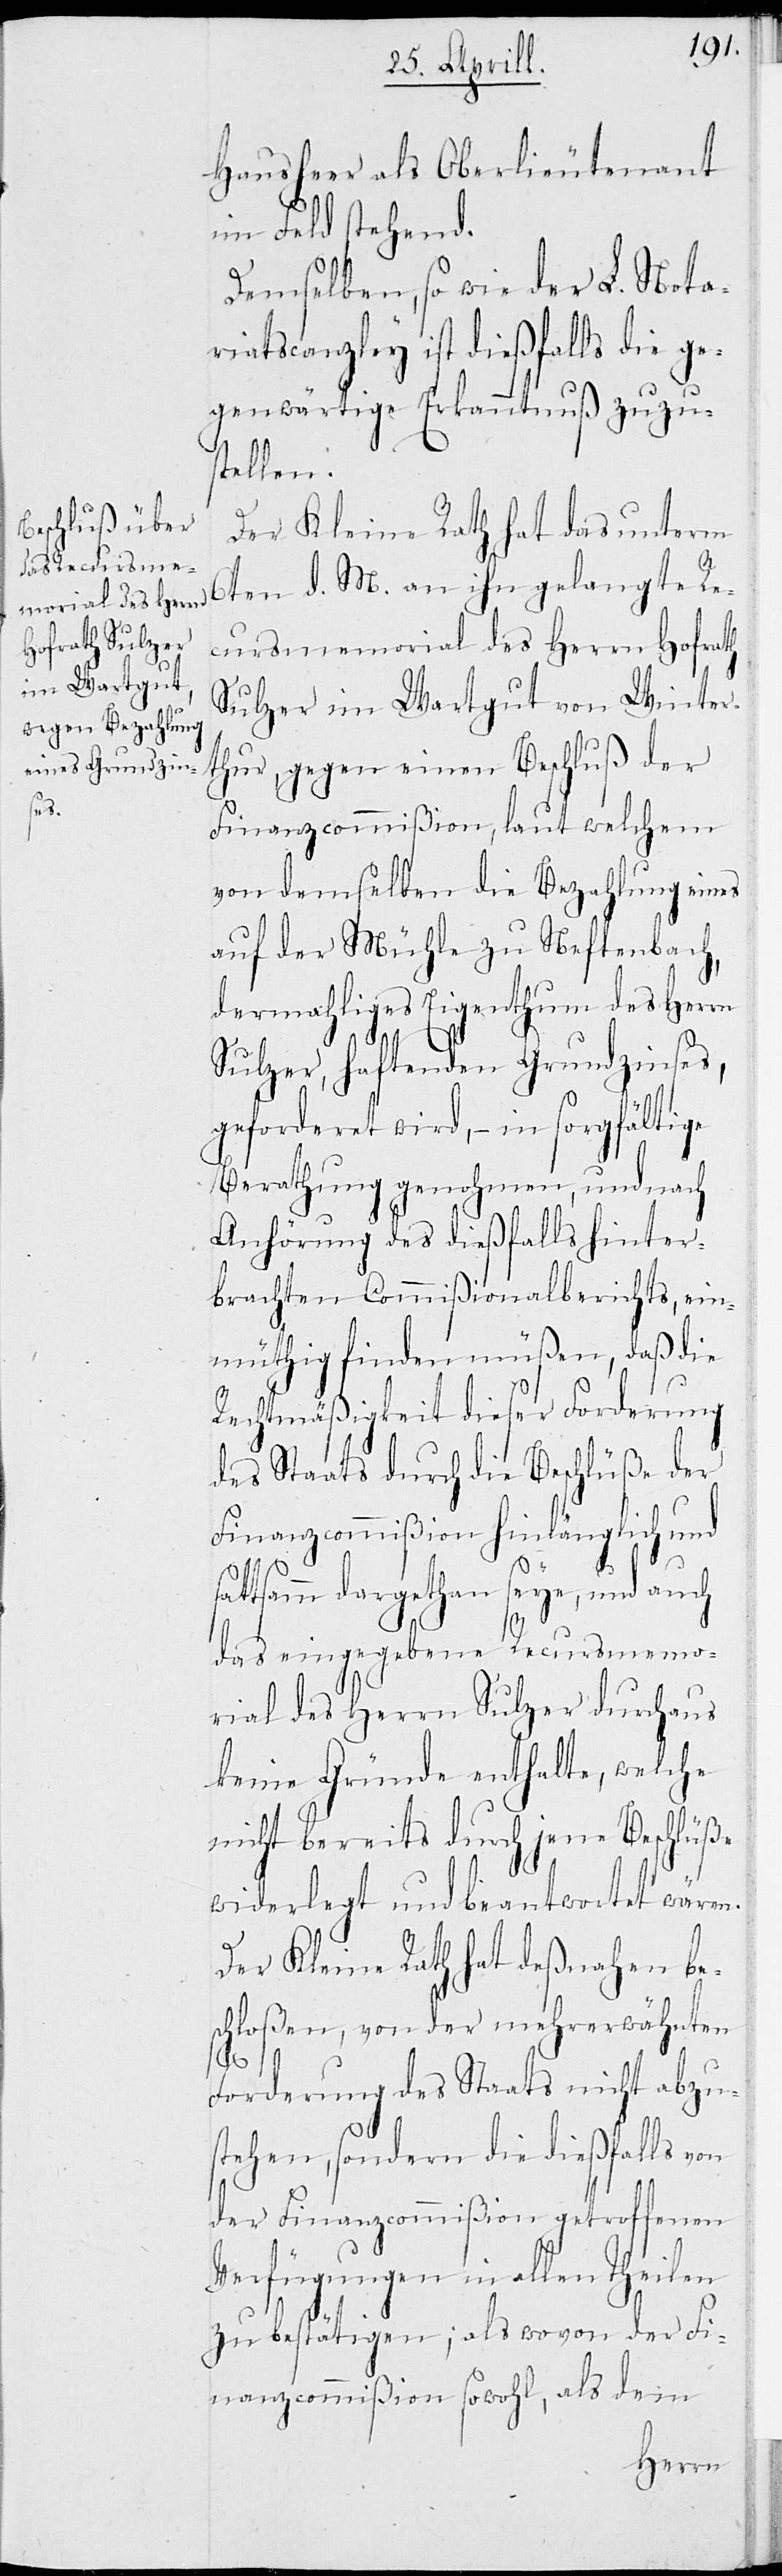
Hausheer als Oberlieutenant
im Feld stehend.
Demselben, so wie der L. Nota¬
riatscanzley ist dießfalls die ge¬
genwärtige Erkanntnuß zuzus¬
tellen.
Der Kleine Rath hat das unterm
6ten d. M. an ihn gelangte Re¬
cursmemorial des Herrn Hofrath
Sulzer im Wartgut von Winter¬
thur, gegen einen Beschluß der
Finanzcommißion, laut welchem
von demselben die Bezahlung eines
auf der Mühle zu Neftenbach,
dermahliges Eigenthum des Herrn
s¬
Sulzer, haftenden Grundzinses,
geforderet wird, – in sorgfältige
Berathung genohmen, und nach
Anhörung des dießfalls hinter¬
brachten Commißionalberichts, ein¬
müthig finden müßen, daß die
Rechtmäßigkeit dieser Forderung
des Staats durch die Beschlüße der
Finanzcommißion hinlänglich und
attsamm dargethan seye, und auch
das eingegebene Recursmemo¬
rial des Herrn Sulzer durchaus
keine Gründe enthalte, welche
nicht bereits durch jene Beschlüße
widerlegt und beantwortet wären.
Der Kleine Rath hat deßnahen be¬
schloßen, von der mehrerwähnten
Forderung des Staats nicht abzu¬
stehen, sondern die dießfalls von
der Finanzcommißion getroffenen
Verfügungen in allen Theilen
zu bestätigen; als wovon der Fi¬
nanzcommißion sowohl, als dem